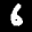
Label: 6